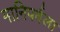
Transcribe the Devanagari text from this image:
मानिपर्वला